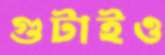
গুটাইও